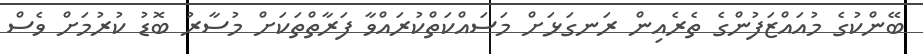
ބޭންކުގެ މުއައްޒަފުންގެ ތެރެއިން ރަނގަޅަށް މަސައްކަތްކުރައްވާ ފަރާތްތަކަށް މުސާރު ބޮޑު ކުރުމަށް ވެސް